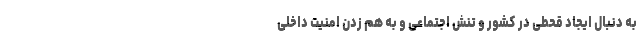
به دنبال ایجاد قحطی در کشور و تنش اجتماعی و به هم زدن امنیت داخلی